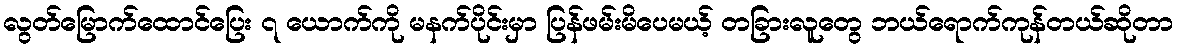
လွတ်မြောက်ထောင်ပြေး ၇ ယောက်ကို မနက်ပိုင်းမှာ ပြန်ဖမ်းမိပေမယ့် တခြားလူတွေ ဘယ်ရောက်ကုန်တယ်ဆိုတာ